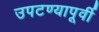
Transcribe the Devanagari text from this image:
उपटण्यापूर्वी